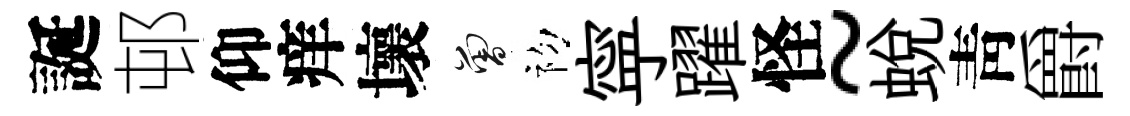
誕邨仰痒壞曾初寜躍怪~蛻靑爵